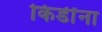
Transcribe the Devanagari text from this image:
किडींना